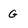
Character: G